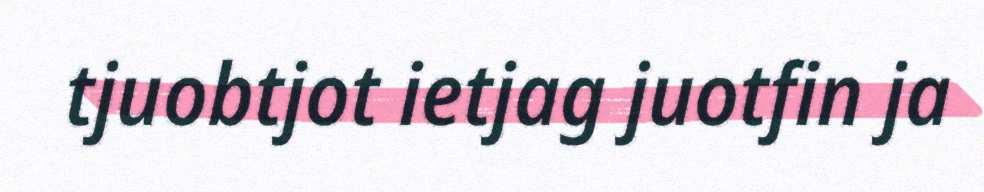
tjuobtjot ietjag juotfin ja